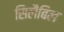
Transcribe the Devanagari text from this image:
सिलैबिल